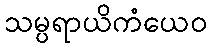
သမ္ပရာယိကံယေဝ